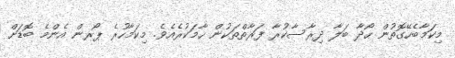
މިކަމާބެހޭގޮތުން ހޯދާ ބަލާ ދިރާސާކުރާ ފަރާތްތަކުން ހާމަކުރެއެވެ. މިކަމާހުރެ ޕޯރން އެންމެ ބޮޑަށް